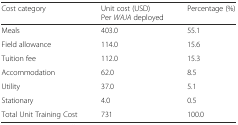
<table><thead><tr><td><b>Cost category</b></td><td><b>Unit cost (USD) Per <i>WAJA</i> deployed</b></td><td><b>Percentage (%)</b></td></tr></thead><tbody><tr><td>Meals</td><td>403.0</td><td>55.1</td></tr><tr><td>Field allowance</td><td>114.0</td><td>15.6</td></tr><tr><td>Tuition fee</td><td>112.0</td><td>15.3</td></tr><tr><td>Accommodation</td><td>62.0</td><td>8.5</td></tr><tr><td>Utility</td><td>37.0</td><td>5.1</td></tr><tr><td>Stationary</td><td>4.0</td><td>0.5</td></tr><tr><td>Total Unit Training Cost</td><td>731</td><td>100.0</td></tr></tbody></table>